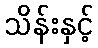
သိန်းနှင့်